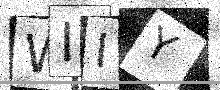
Text: WIIY